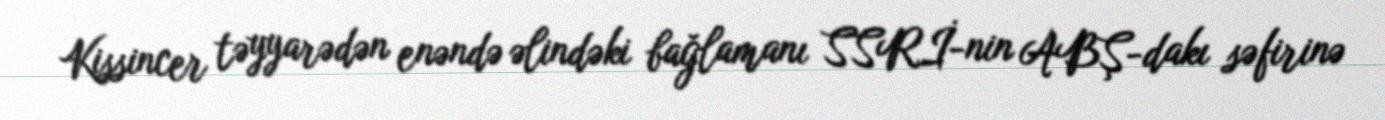
Kissincer təyyarədən enəndə əlindəki bağlamanı SSRİ-nin ABŞ-dakı səfirinə